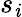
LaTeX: s_{\mathit{i}}